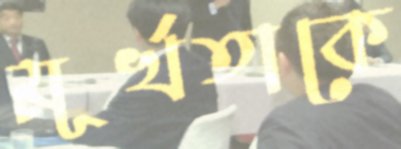
মূর্খতাকে